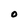
Character: O